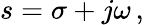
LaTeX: s=\sigma+j\omega\, ,